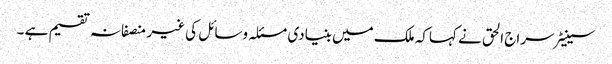
سینیٹر سراج الحق نے کہاکہ ملک میں بنیادی مسئلہ وسائل کی غیر منصفانہ تقسیم ہے ۔